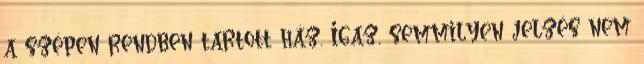
a szépen rendben tartott ház. Igaz, semmilyen jelzés nem